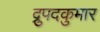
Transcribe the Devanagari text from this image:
द्रुपदकुमार